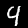
Label: 4